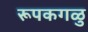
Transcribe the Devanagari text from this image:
रूपकगळु